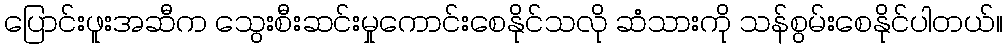
ပြောင်းဖူးအဆီက သွေးစီးဆင်းမှုကောင်းစေနိုင်သလို ဆံသားကို သန်စွမ်းစေနိုင်ပါတယ်။